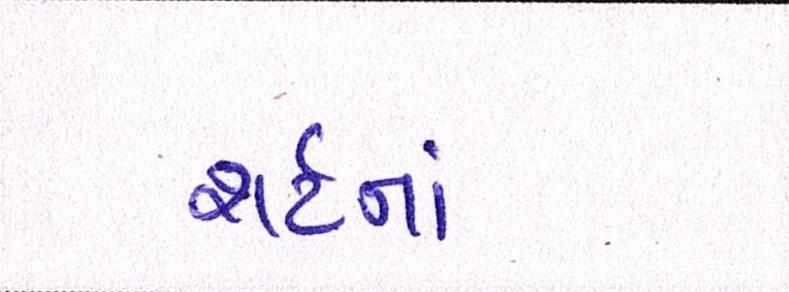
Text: શર્ટનાં